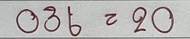
036 = 20